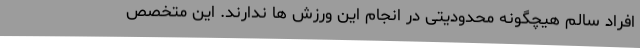
افراد سالم هیچگونه محدودیتی در انجام این ورزش ها ندارند. این متخصص